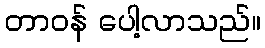
တာဝန် ပေါ့လာသည်။